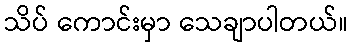
သိပ် ကောင်းမှာ သေချာပါတယ်။